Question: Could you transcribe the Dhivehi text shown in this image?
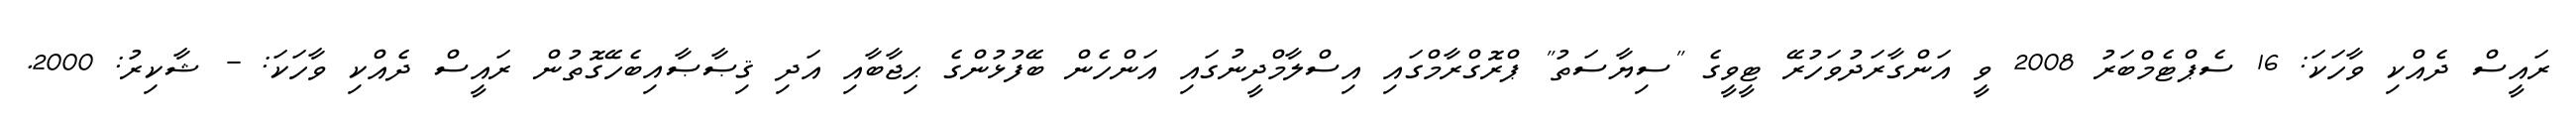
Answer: ރައީސް ދެއްކި ވާހަކަ: 16 ސެޕްޓެމްބަރު 2008 ވީ އަންގާރަދުވަހުރޭ ޓީވީގެ "ސިޔާސަތު" ޕްރޮގްރާމްގައި އިސްލާމްދީނުގައި އަންހެން ބޭފުޅުންގެ ޙިޖާބާއި އަދި ޤިޞާޞާއިބެހޭގޮތުން ރައީސް ދެއްކި ވާހަކަ: - ޝާކިރު: 2000.